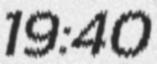
19:40